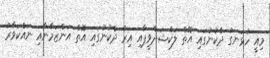
މިއީ ހުޅަނގު ދެކުނުގައި އޮތް ލަކްޝަދްވީޕާއި އިރު ދެކުނުގައި އޮތް އަންޒަމާނާއި ނައްކަވާރު